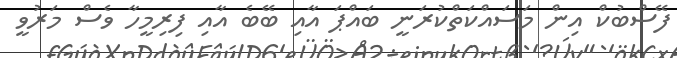
ފޭސްބުކް އިން މަސައްކަތްކުރަނީ ބައްޕަ އާއި ބޭބެ އާއި ފިރިމީހާ ވެސް މަރުވީ